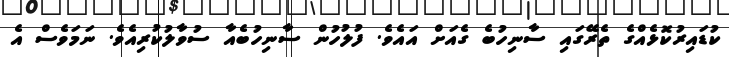
ކުޑައިރުކޮޅެއްގެ ތެރޭގައި ސާނިހުބެ ގެއަށް އައެވެ. ފުލުހުން ސާނިހުބެއާ ސުވާލުކުރިއެވެ. ނަމަވެސް އެ